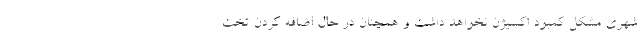
شهری مشکل کمبود اکسیژن نخواهد داشت و همچنان در حال اضافه کردن تخت